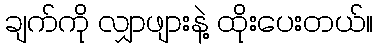
ချက်ကို လျှာဖျားနဲ့ ထိုးပေးတယ်။